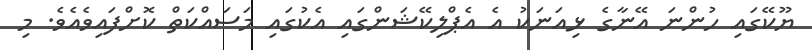
ޔޫކޭގައި ހުންނަ އޭނާގެ ޅިއަނަކު އެ އެޕްލިކޭޝަންގައި އެކުގައި މަސައްކަތް ކޮށްފައިވެއެވެ. މި